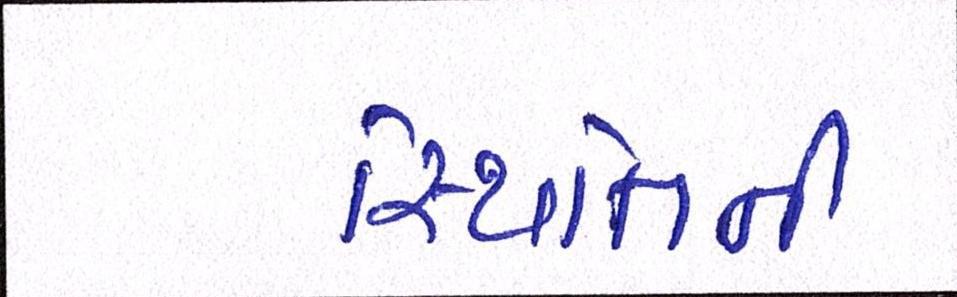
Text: સ્થિતિની